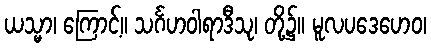
ယသ္မာ၊ ကြောင့်။ သင်္ဂဟဝါရာဒီသု၊ တို့၌။ မူလပဒေဟေဝ၊